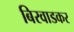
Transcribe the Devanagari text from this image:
बिरवाडकर